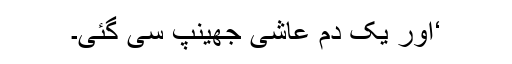
‘اور یک دم عاشی جھینپ سی گئی۔